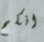
انكم